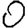
Digit: 0